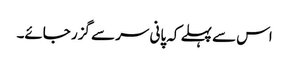
اس سے پہلے کہ پانی سر سے گزر جائے۔